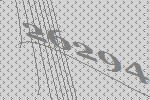
26294